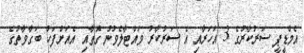
އެމްޑީޕީ ސަރުކާރުގެ 3 އަހަރާއި އެ ސަރުކާރު ވައްޓާލެވުނު ގޮތާއި އެއަށްފަހު ބަގާވާތުގެ